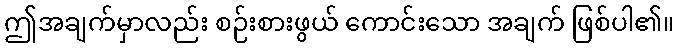
ဤအချက်မှာလည်း စဉ်းစားဖွယ် ကောင်းသော အချက် ဖြစ်ပါ၏။